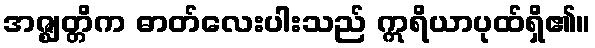
အဇ္ဈတ္တိက ဓာတ်လေးပါးသည် ဣရိယာပုထ်ရှိ၏။